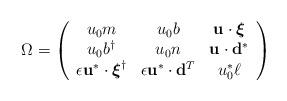
LaTeX: \begin{align*}\Omega = \left( \begin{array}{ccc} u_{0} m & u_{0} b & {\bf u} \cdot \mbox{\boldmath $\xi$} \\ u_{0} b^{\dag} & u_{0} n & {\bf u} \cdot {\bf d}^{*} \\ \epsilon {\bf u}^{*} \cdot \mbox{\boldmath $\xi$}^{\dag} & \epsilon {\bf u}^{*} \cdot {\bf d}^{T} & u_{0}^{*} \ell \end{array} \right)\end{align*}